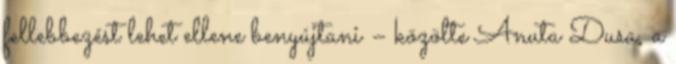
fellebbezést lehet ellene benyújtani – közölte Anuta Dusa, a